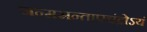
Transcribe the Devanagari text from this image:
जन्मसन्तापचंद्रोऽयं